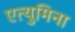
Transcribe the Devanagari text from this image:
एत्‍युमिना